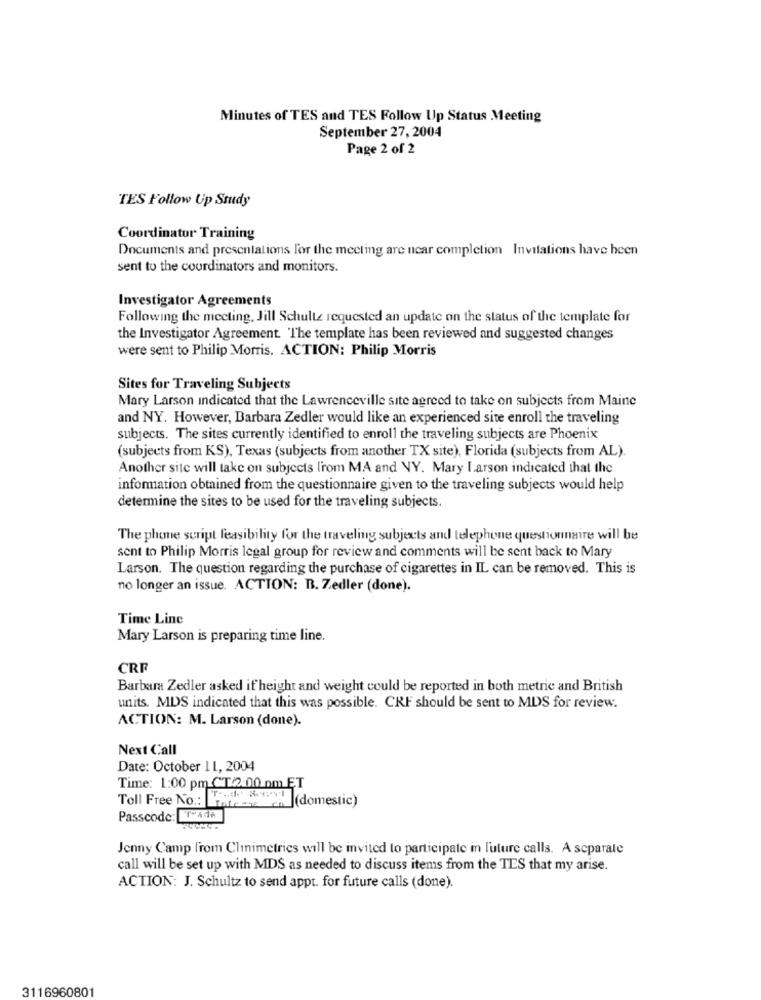
Minutes of TES and TES Follow Up Status Meeting
September 27, 2004
Page 2 of 2
TES Follow Up Study
Coordinator Training
Documents and presentations for the meeting are near completion Invitations have been
sent to the coordinators and monitors.
Investigator Agreements
Following the meeting, Jill Schultz requested an update on the status of the template for
the Investigator Agreement. The template has been reviewed and suggested changes
were sent to Philip Morris. ACTION: Philip Morris
Sites for Traveling Subjects
Mary Larson Indicated that the Lawrenceville site agreed to take on subjects from Maine
and NY. However, Barbara Zedler would like an experienced site enroll the traveling
subjects. The sites currently identified to enroll the traveling subjects are Phoenix
(subjects from KS), Texas (subjects from another TX site), Florida (subjects from AL).
Another site will take on subjects from MA and VY. Mary Larson indicated that the
information obtained from the questionnaire given to the traveling subjects would help
determine the sites to be used for the traveling subjects.
The phone script feasibility for the traveling subjects and telephone questionnaire will be
sent to Philip Morris legal group for review and comments will be sent back to Mary
Larson. The question regarding the purchase of cigarettes in IL can be removed. This is
no longer an issue. ACTION: B. Zedler (done).
Time Line
Mary Larson is preparing time line.
CRF
Barbara Zedler asked if height and weight could be reported in both metric and British
units. MDS indicated that this was possible. CRF should be sent to MDS for review.
ACTION: M. Larson (done).
Next Call
Date: October 11, 2004
Time: 1:00 pm CT/2:00 pm ĘT
Toll Free No .: Talenten (domestic)
Passcode: "AdA
Jenny Camp from Clinimetrics will be invited to participate in future calls. A separate
call will be set up with MDS as needed to discuss items from the TES that my arise.
ACTION: J. Schultz to send appt. for future calls (done).
3116960801